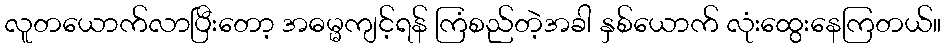
လူတယောက်လာပြီးတော့ အဓမ္မကျင့်ရန် ကြံစည်တဲ့အခါ နှစ်ယောက် လုံးထွေးနေကြတယ်။